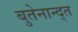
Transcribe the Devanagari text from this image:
बुतेनान्द्त